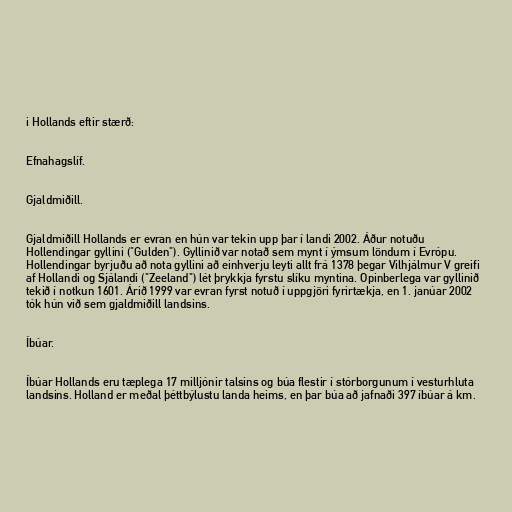
i Hollands eftir stærð:

Efnahagslíf.

Gjaldmiðill.

Gjaldmiðill Hollands er evran en hún var tekin upp þar í landi 2002. Áður notuðu
Hollendingar gyllini ("Gulden"). Gyllinið var notað sem mynt í ýmsum löndum í Evrópu.
Hollendingar byrjuðu að nota gyllini að einhverju leyti allt frá 1378 þegar Vilhjálmur V greifi
af Hollandi og Sjálandi ("Zeeland") lét þrykkja fyrstu slíku myntina. Opinberlega var gyllinið
tekið í notkun 1601. Árið 1999 var evran fyrst notuð í uppgjöri fyrirtækja, en 1. janúar 2002
tók hún við sem gjaldmiðill landsins.

Íbúar.

Íbúar Hollands eru tæplega 17 milljónir talsins og búa flestir í stórborgunum í vesturhluta
landsins. Holland er meðal þéttbýlustu landa heims, en þar búa að jafnaði 397 íbúar á km.